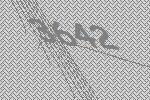
3642